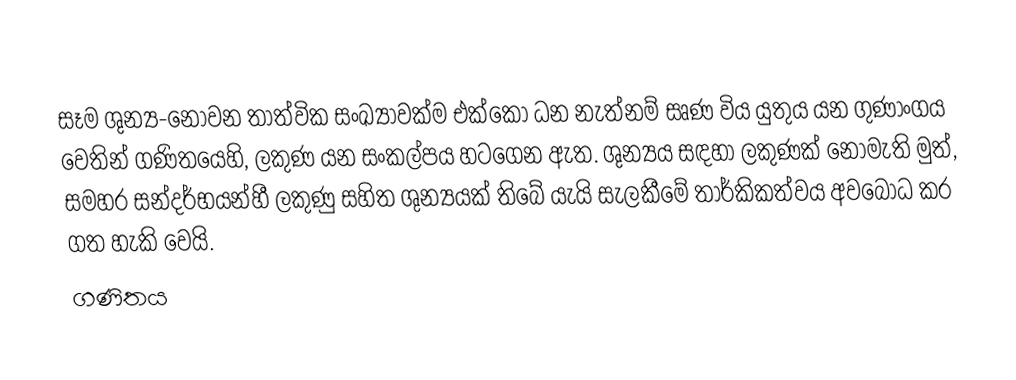
සෑම ශුන්‍ය-නොවන තාත්වික සංඛ්‍යාවක්ම එක්කෝ ධන නැත්නම් සෘණ විය යුතුය යන ගුණාංගය වෙතින් ගණිතයෙහි, ලකුණ යන සංකල්පය හටගෙන ඇත. ශුන්‍යය සඳහා ලකුණක් නොමැති මුත්, සමහර සන්දර්භයන්හී  ලකුණු සහිත ශුන්‍යයක් තිබේ යැයි සැලකීමේ තාර්කිකත්වය අවබෝධ කර ගත හැකි වෙයි.
ගණිතය